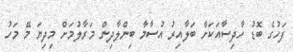
ފަހުގެ ބޮޑު ހާދިސާއަކަށް ބަލާއިރު އުސާމާ ބިންލާދިން މަރާލުމަށް މިދިޔަ މޭ މަހު